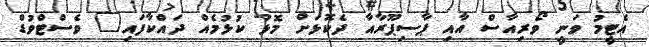
އެޓީމު ވަނީ ވޯރިއާސް އާއި ޕާސިޕޫރާއާ ދެކޮޅަށް މޮޅު ކުޅުމެއް ދައްކާފައި" ވެސްޓްވުޑް